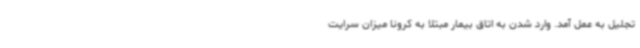
تجلیل به عمل آمد. وارد شدن به اتاق بیمار مبتلا به کرونا میزان سرایت